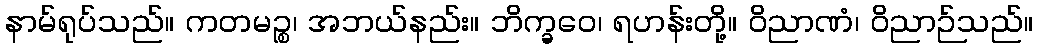
နာမ်ရုပ်သည်။ ကတမဉ္စ၊ အဘယ်နည်း။ ဘိက္ခဝေ၊ ရဟန်းတို့။ ဝိညာဏံ၊ ဝိညာဉ်သည်။